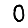
Digit: 0